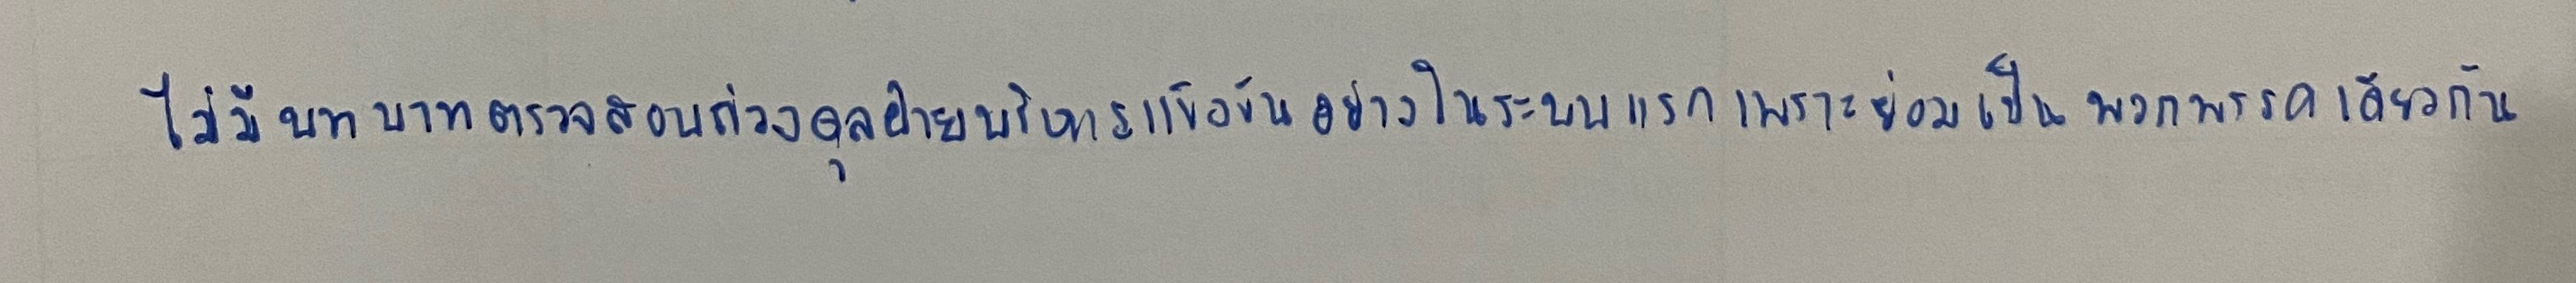
ไม่มีบทบาทตรวจสอบถ่วงดุลฝ่ายบริหารแข็งขันอย่างในระบบแรกเพราะย่อมเป็นพวกพรรคเดียวกัน